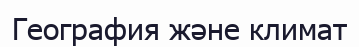
География және климат